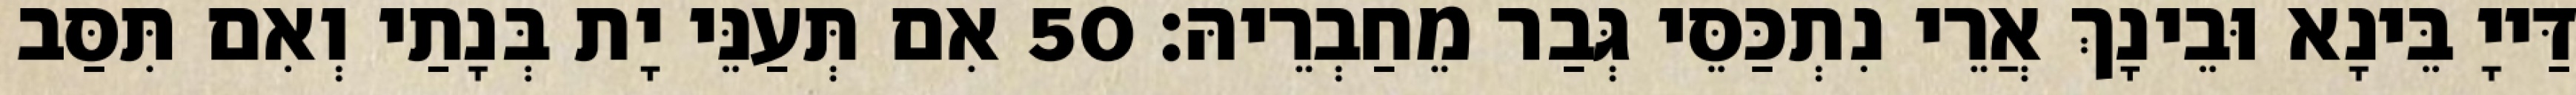
דַּייָ בֵּינָא וּבֵינָךְ אֲרֵי נִתְכַּסֵּי גְּבַר מֵחַבְרֵיהּ׃ 50 אִם תְּעַנֵּי יָת בְּנָתַי וְאִם תִּסַּב